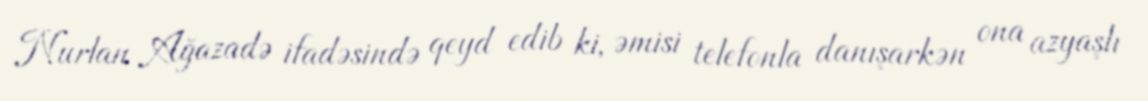
Nurlan Ağazadə ifadəsində qeyd edib ki, əmisi telefonla danışarkən ona azyaşlı